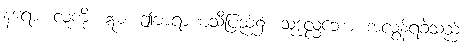
နရော၊ လူကို။ ဣဓ၊ ဤဗာရာဏသီပြည်၌။ သုဒုလ္လဘော၊ အလွန်ရခဲသည်။